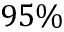
9 5 \%